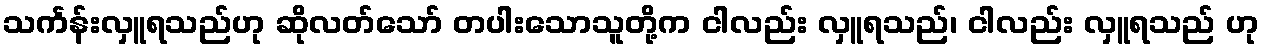
သင်္ကန်းလှူရသည်ဟု ဆိုလတ်သော် တပါးသောသူတို့က ငါလည်း လှူရသည်၊ ငါလည်း လှူရသည် ဟု